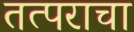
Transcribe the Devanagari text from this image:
तत्पराचा